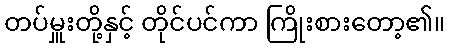
တပ်မှူးတို့နှင့် တိုင်ပင်ကာ ကြိုးစားတော့၏။